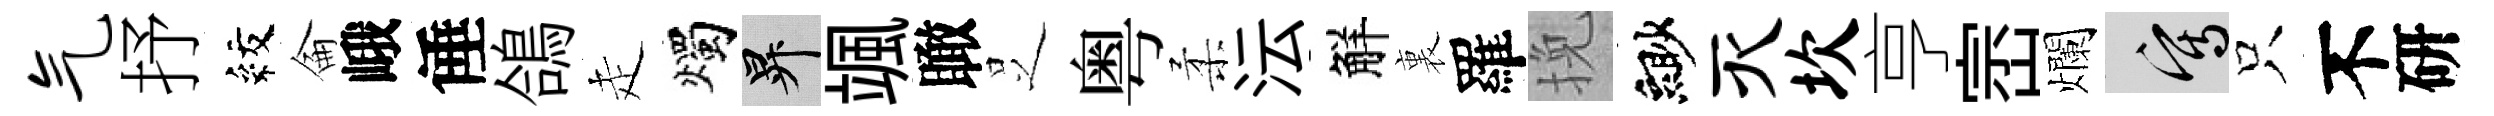
气抒紋侖峨倕鴿走燭升颯瞰𠯁粤柔沄觧裏羅挽緲灭坎亨崈爛寫只不研